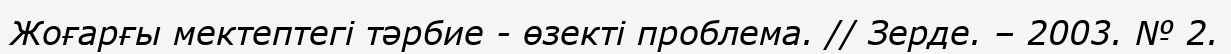
Жоғарғы мектептегі тәрбие - өзекті проблема. // Зерде. – 2003. № 2.